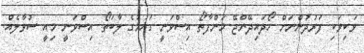
ވަކިވަކި ފަރުދުންނަށް ހޯދައިދޭންޖޭ މަންފާތޯ އިސްވަނީ ގައުމުގެ ލާބަތޯ އިސްވަނީ މިއީ ސުވާލެއް.